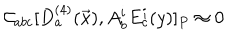
LaTeX: { \cal C } _ { a b c } [ D _ { a } ^ { ( 4 ) } ( \vec { x } ) , A _ { b } ^ { i } E _ { c } ^ { i } ( y ) ] _ { P } \approx 0